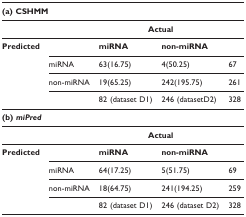
<table><thead><tr><td colspan="5"><b>(a) CSHMM</b></td></tr></thead><tbody><tr><td></td><td></td><td colspan="2"><b>Actual</b></td><td></td></tr><tr><td><b>Predicted</b></td><td></td><td><b>miRNA</b></td><td><b>non-miRNA</b></td><td></td></tr><tr><td></td><td>miRNA</td><td>63(16.75)</td><td>4(50.25)</td><td>67</td></tr><tr><td></td><td>non-miRNA</td><td>19(65.25)</td><td>242(195.75)</td><td>261</td></tr><tr><td></td><td></td><td>82 (dataset D1)</td><td>246 (datasetD2)</td><td>328</td></tr><tr><td colspan="5"><b>(b) <i>miPred</i></b></td></tr><tr><td></td><td></td><td colspan="2"><b>Actual</b></td><td></td></tr><tr><td><b>Predicted</b></td><td></td><td><b>miRNA</b></td><td><b>non-miRNA</b></td><td></td></tr><tr><td></td><td>miRNA</td><td>64(17.25)</td><td>5(51.75)</td><td>69</td></tr><tr><td></td><td>non-miRNA</td><td>18(64.75)</td><td>241(194.25)</td><td>259</td></tr><tr><td></td><td></td><td>82 (dataset D1)</td><td>246 (dataset D2)</td><td>328</td></tr></tbody></table>